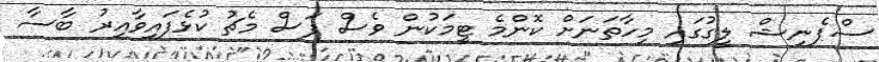
ސްޕެނިޝް ލީގުގައި މިހާތަނަށް ކޮންމެ ޓީމަކުން ވެސް ފަސް މެޗު ކުޅެފައިވާއިރު ބާސާ